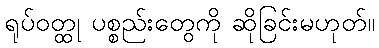
ရုပ်ဝတ္ထု ပစ္စည်းတွေကို ဆိုခြင်းမဟုတ်။